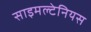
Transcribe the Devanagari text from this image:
साइमल्टेनियस